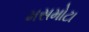
મસમોટા